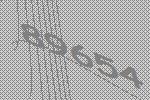
89654